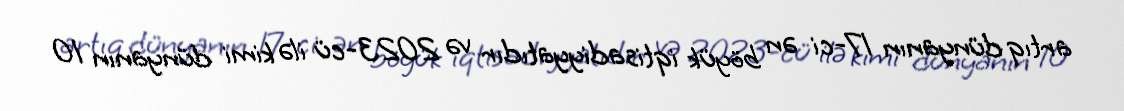
artıq dünyanın 17-ci ən böyük iqtisadiyyatıdır və 2023-cü ilə kimi dünyanın 10